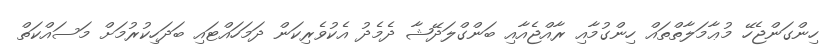
ހިންގަންޖެހޭ މުޢާމަލާތްތައް ހިންގުމާއި ރާއްޖެއާއި ބަންގްލަދޭޝާ ދެމެދު އެކުވެރިކަން ދަމަހައްޓައި ބަދަހިކުރުމަށް މަސައްކަތް